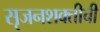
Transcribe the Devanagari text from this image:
सृजनशक्तीची